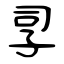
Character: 孠